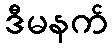
ဒီမနက်